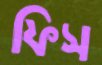
ফিস